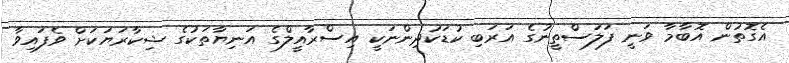
އެގޮތުން އޮބާމާ ވަނީ ފަލަސްތީނުގެ އަރަބި ކުޑަކުދިންނަކީ އިސްރާއީލްގެ އަނިޔާތަކުގެ ޝިކާރަޔަކަށް ވެފައިވާ